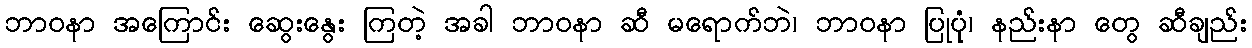
ဘာဝနာ အကြောင်း ဆွေးနွေး ကြတဲ့ အခါ ဘာဝနာ ဆီ မရောက်ဘဲ၊ ဘာဝနာ ပြုပုံ၊ နည်းနာ တွေ ဆီချည်း